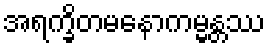
အရက္ခိတမနောကမ္မန္တဿ